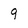
Character: 9